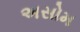
અસોમ